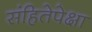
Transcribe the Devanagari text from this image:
संहितेपेक्षा